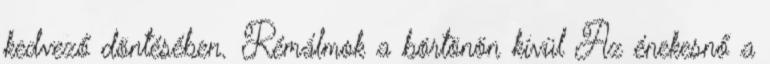
kedvező döntésében. Rémálmok a börtönön kívül Az énekesnő a